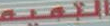
الجميه